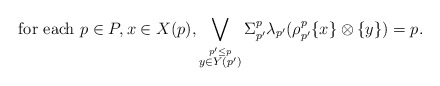
\begin{align*} \hbox{for each } p \in P, x \in X(p), \bigvee_{\stackrel{p' \leq p}{y \in Y(p')}} \Sigma_{p'}^{p} \lambda_{p'} (\rho_{p'}^p\{x\} \otimes \{y\}) = p. \end{align*}